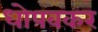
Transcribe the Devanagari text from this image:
धोपवकर